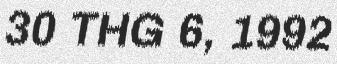
30 THG 6, 1992